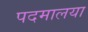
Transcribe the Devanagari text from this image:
पदमालया